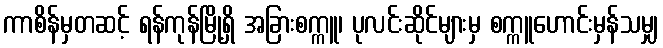
ကာစိန်မှတဆင့် ရန်ကုန်မြို့ရှိ အခြားစက္ကူ၊ ပုလင်းဆိုင်များမှ စက္ကူဟောင်းမှန်သမျှ